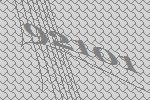
92101